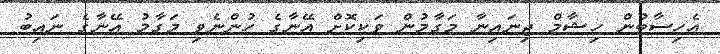
އެހިސާބުން ހިޝާމް ޖިނައިނާ މަގާމުން ވަކިކޮށް އޭނާގެ ހުންނެވި މަގާމު އޭނާގެ ނައިބު